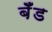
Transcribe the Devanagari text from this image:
बॅँड